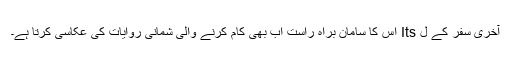
آخری سفر کے ل Its اس کا سامان براہ راست اب بھی کام کرنے والی شمانی روایات کی عکاسی کرتا ہے۔